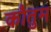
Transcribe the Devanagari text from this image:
कौतुम